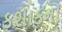
કશાકનો